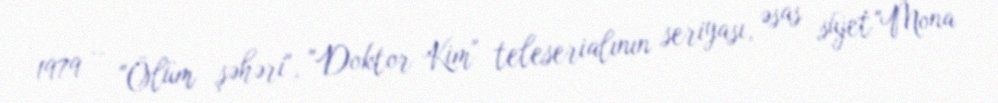
1979 – "Ölüm şəhəri", "Doktor Kim" teleserialının seriyası, əsas süjet "Mona